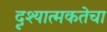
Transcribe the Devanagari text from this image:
दृश्यात्मकतेचा